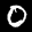
Label: 0